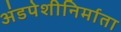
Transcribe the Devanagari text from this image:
अंडपेशीनिर्माता